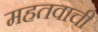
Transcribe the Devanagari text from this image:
महतवाची